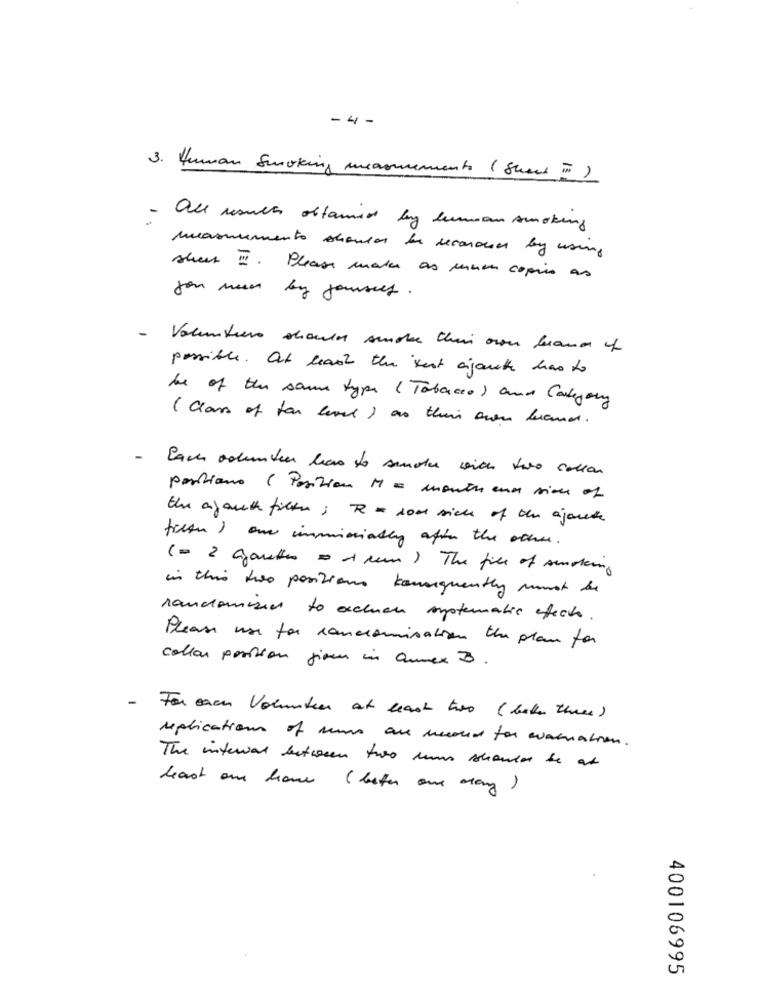
- 4 -
3. Human Smoking measurements (Sheet i)
all results oftamis by human smoking
masmemento schouder de recordar by using
sheet ". Please makes as much copies as
you man by jonnes.
-
Volunteers should smoke Chi over brand y
possible. at least the test ayant has to
be of the same type (Tabacco) and Category
( Class of far level) as their own beramos.
-
Pace ademben has to smoke wich two collar
partiano ( Posizione M = month eno sion of
the ayouth filth ; R = son sick of the ajoute
filtr ) one immiscially after the other.
(= 2 Gouttes = Arem) The file of smoking
in this two positions konsequently must be
randomized to action systematic efects .
Please use for cancromisation the plan for
collar position given in annex B.
- For each Volunteer at least two ( bake three)
replication of muss are mond for warnation .
The internal between two man should be at
least an hour (beter aux dang )
400106995